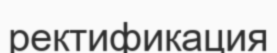
ректификация